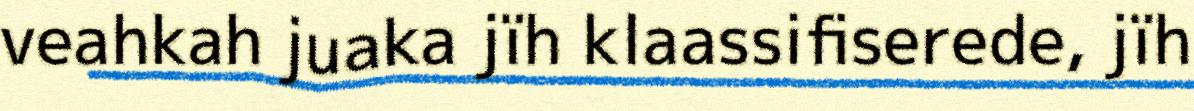
veahkah juaka jïh klaassifiserede, jïh